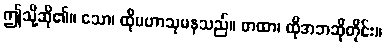
ဤသို့ဆို၏။ သော၊ ထိုမဟာသုမနသည်။ တထာ၊ ထိုအဘဆိုတိုင်း။